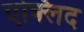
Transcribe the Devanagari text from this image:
एक्लिद